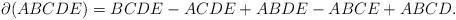
LaTeX: \begin{align*}\partial (ABCDE) = BCDE - ACDE + ABDE - ABCE +ABCD. \end{align*}